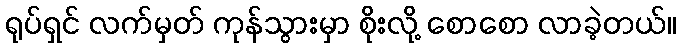
ရုပ်ရှင် လက်မှတ် ကုန်သွားမှာ စိုးလို့ စောစော လာခဲ့တယ်။